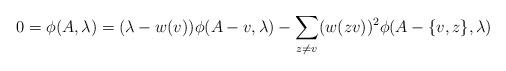
LaTeX: \begin{align*}0=\phi(A,\lambda)=(\lambda-w(v))\phi(A-v,\lambda)-\displaystyle\sum_{z\neq v}(w(zv))^{2}\phi(A-\{v,z\},\lambda)\end{align*}